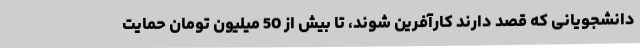
دانشجویانی که قصد دارند کارآفرین شوند، تا بیش از 50 میلیون تومان حمایت